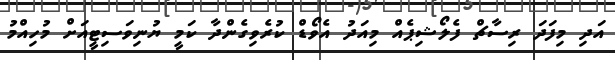
އަދި މިފަދަ ރިސާޗް ފެލޯޝިޕެއް މިއަދު އެވޯޑް ކުރެވިގެންދާ ކަމީ ޔުނިވަސިޓީއަށް މުހިއްމު